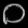
Digit: ၀